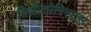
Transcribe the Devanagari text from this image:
बिओलोगिस्ट्स